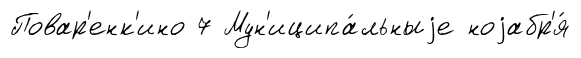
Повар'енк'ино 7 Мун'иципа́льныjе ноjабр'я́